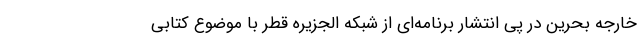
خارجه بحرین در پی انتشار برنامه‌ای از شبکه الجزیره قطر با موضوع کتابی